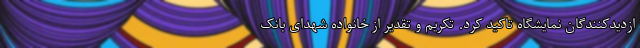
ازدیدکنندگان نمایشگاه تاکید کرد. تکریم و تقدیر از خانواده شهدای بانک